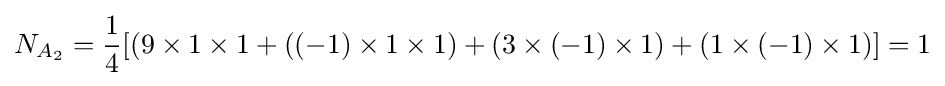
N_{A_{2}}={\frac {1}{4}}[(9\times 1\times 1+((-1)\times 1\times 1)+(3\times (-1)\times 1)+(1\times (-1)\times 1)]=1